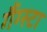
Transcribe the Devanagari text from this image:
गैंग्स्टा